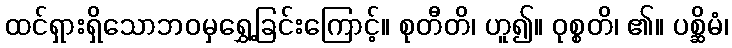
ထင်ရှားရှိသောဘဝမှရွှေ့ခြင်းကြောင့်။ စုတီတိ၊ ဟူ၍။ ဝုစ္စတိ၊ ၏။ ပစ္ဆိမံ၊